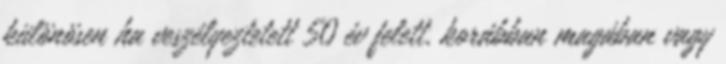
különösen ha veszélyeztetett 50 év felett, korábban magában vagy